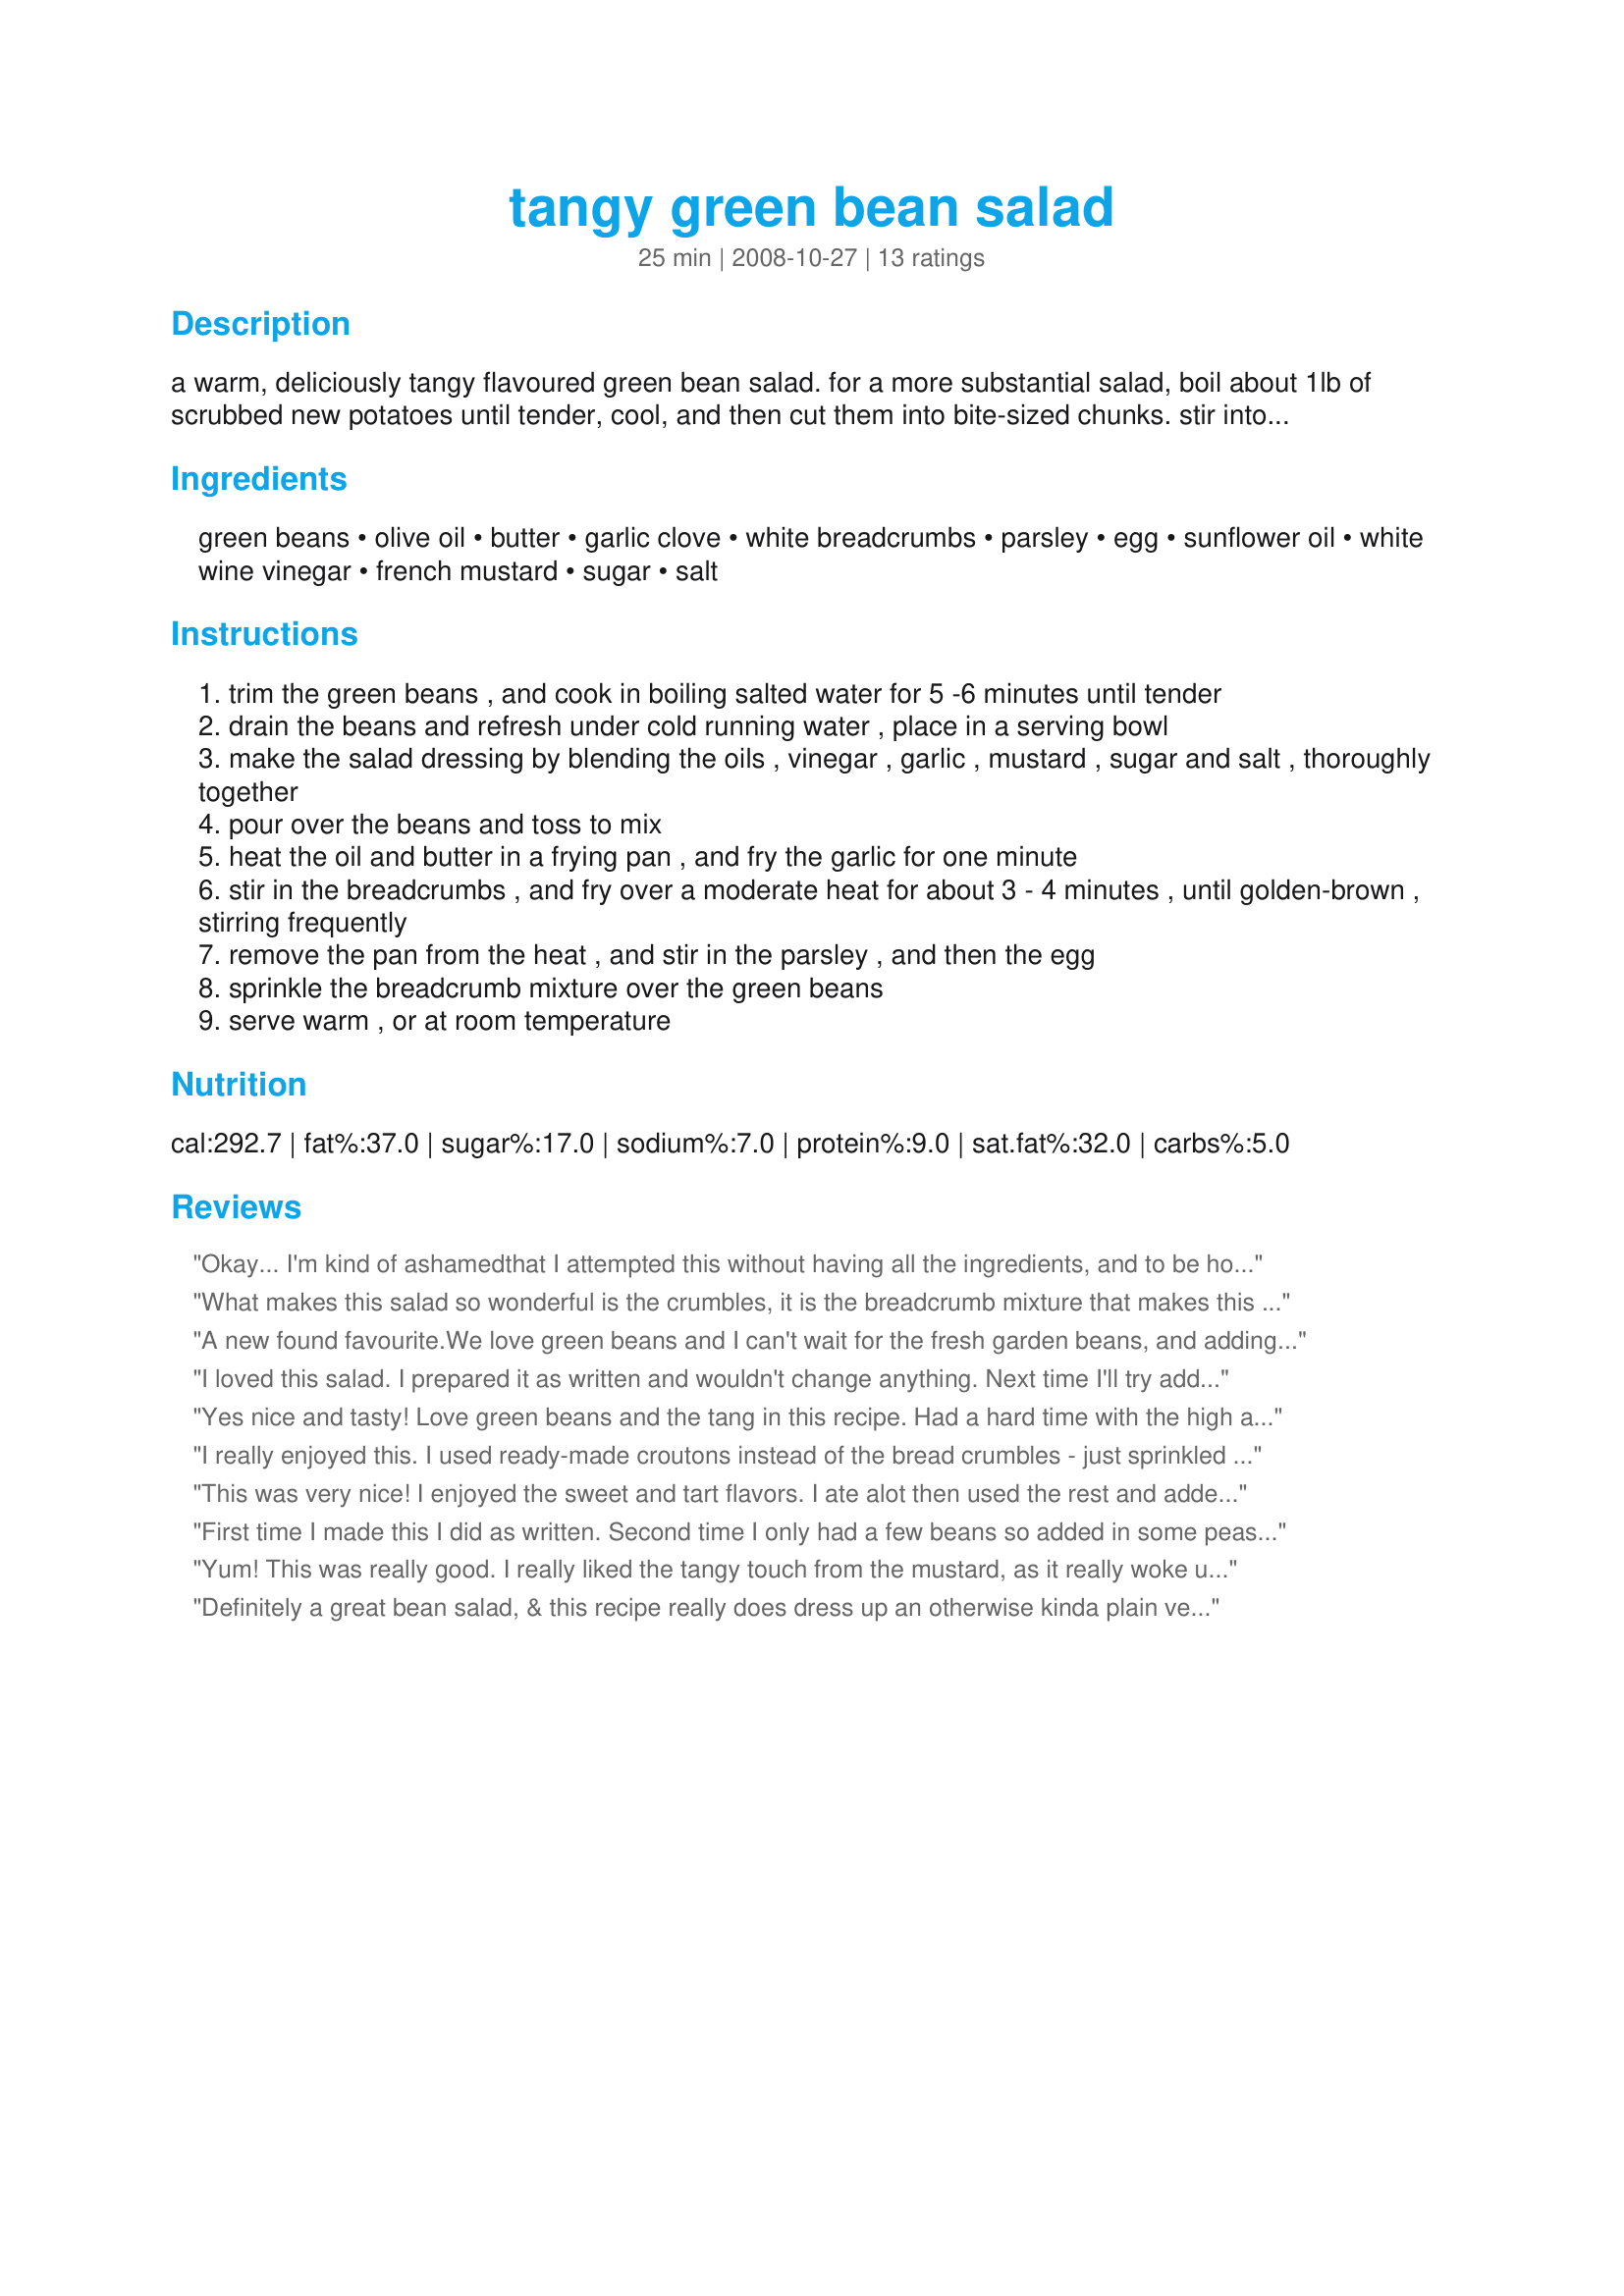
tangy green bean salad
Preparation time: 25 minutes

a warm, deliciously tangy flavoured green bean salad.
for a more substantial salad, boil about 1lb of scrubbed new potatoes until tender, cool, and then cut them into bite-sized chunks.
stir into the green beans, and then add the dressing.

from the inspired vegetarian.

Ingredients:
green beans, olive oil, butter, garlic clove, white breadcrumbs, parsley, egg, sunflower oil, white wine vinegar, french mustard, sugar, salt

Steps:
trim the green beans , and cook in boiling salted water for 5 -6 minutes until tender
drain the beans and refresh under cold running water , place in a serving bowl
make the salad dressing by blending the oils , vinegar , garlic , mustard , sugar and salt , thoroughly together
pour over the beans and toss to mix
heat the oil and butter in a frying pan , and fry the garlic for one minute
stir in the breadcrumbs , and fry over a moderate heat for about 3 - 4 minutes , until golden-brown , stirring frequently
remove the pan from the heat , and stir in the parsley , and then the egg
sprinkle the breadcrumb mixture over the green beans
serve warm , or at room temperature

Reviews:
Okay... I'm kind of ashamedthat I attempted this without having all the ingredients, and to be honest, I thought for sure I would need to just try again another day, but this recipe is so amazing, we both (my hubby and I) ate almost the whole bowl and I even doubled the recipe! I used vege oil instead of the others because that's all I had... I used regular white vinegar because I read it wrong and didn't see the white "wine" part, used regular mustard, dried parsley and only one egg (should have used two becuase I doubled it) and this still was AMAZING! Thanks for a great recipe. This recipe is fool proof!!!
What makes this salad so wonderful is the crumbles, it is the breadcrumb mixture that makes this salad a step above the rest of the field. Thanks so much.
A new found favourite.We love green beans and I can't wait for the fresh garden beans, and adding fresh cooked potatoes is a must. Thank-you for posting this wonderful recipe. AUZ/NZ recipe swap Jan/09
I loved this salad. I prepared it as written and wouldn't change anything. Next time I'll try adding the potatoes as suggested in the intro. Made for ZWT5
Yes nice and tasty! Love green beans and the tang in this recipe. Had a hard time with the high amount of calories. Skipped the sugar. Used all olive oil. Made for ZWT #8 Thank you!
I really enjoyed this. I used ready-made croutons instead of the bread crumbles - just sprinkled them on top ommiting the whole garlic-bread-frying bit, but it was still great. Next time I'll do the crumbles right and I bet it's gonna be even better. Thanks!
This was very nice! I enjoyed the sweet and tart flavors. I ate alot then used the rest and added it in with a potato salad. Thanks! Made for the Vegetarian Swap March 2010.
First time I made this I did as written. Second time I only had a few beans so added in some peas & some chopped spinach (both frozen) to the boiling beans. I also added some cooked new potatoes before adding the dressing. With the crunchy topping this is a winner and a real keeper for us. I am also going to try it with asparagus. Thanks for such a versatile recipe :)
Yum! This was really good. I really liked the tangy touch from the mustard, as it really woke up my taste buds without being too overpowering. I will definitely make this dish frequently. Thank you for sharing your recipe, Karen Elizabeth. Made for ZWT8 - France.
Definitely a great bean salad, & this recipe really does dress up an otherwise kinda plain veggie! Made as written, egg & all, but another time I'd like to try it with some crumbs from a multi-grain bread! Thanks for sharing a wonderful recipe! [Tagged, made & reviewed for one of my group mates in the Aus/NZ Recipe Swap #30]
Uniquely nice! Made as posted except with rice vinegar as I didn't have white wine vinegar. Served at room temperature but didn't add the crumbles until before serving. Next time I would cut the beans into shorter pieces to make it easier to spoon up without losing the crumbles and egg. Thank you Karen for posting.
Wonderful green bean dish!!! I made this using canned cut green beans and left out the hard boiled egg as DS doesn't care for them, but otherwise made as written. Just loved the tanginess of the green beans and the wonderful cruchy breads crumbs really took this over the top!!! Thanks for sharing Karen Elizabeth!! Made for PRMR!!
This is a great way to use fresh green beans from the garden. I learned by tial and error that it's important to add enough salt to the blanching water. I needed to add some afterwards. The vinaigrette and breadcrumb topping really make this dish. Yum! Made for ZWT 8.
